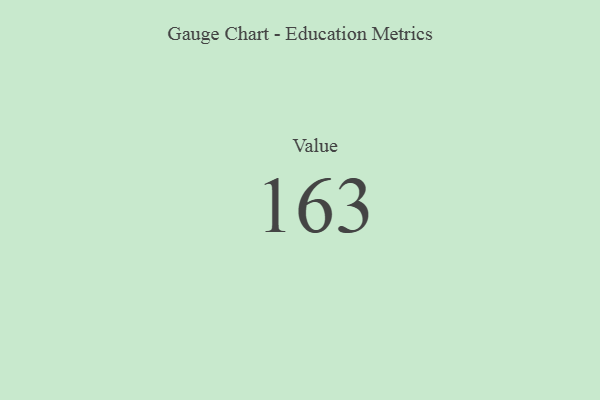
{"axis": {"x": "Metric", "y": "Value"}, "legend": [""], "data": [{"x": "Value", "y": 163, "type": ""}]}